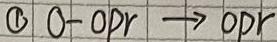
$\textcircled{0}\ 0\mathrm{-opr}\to\mathrm{opr}$